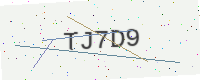
Text: TJ7D9